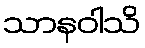
သာနဝါသိ